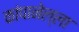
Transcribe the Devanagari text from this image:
कांपानेल्ला